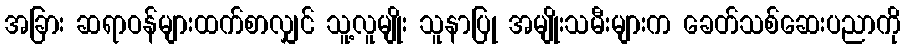
အခြား ဆရာဝန်များထက်စာလျှင် သူ့လူမျိုး သူနာပြု အမျိုးသမီးများက ခေတ်သစ်ဆေးပညာကို